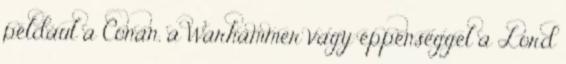
például a Conan, a Warhammer vagy éppenséggel a Lord